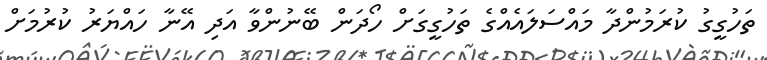
ތަހުގީގު ކުރަމުންދާ މައްސަލައެއްގެ ތަހުގީގަށް ހޯދަން ބޭނުންވާ އަދި އޭނާ ހައްޔަރު ކުރުމަށް